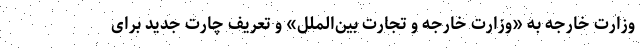
وزارت خارجه به «وزارت خارجه و تجارت بین‌الملل» و تعریف چارت جدید برای